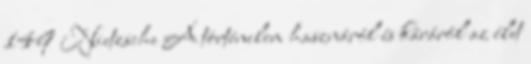
149 Nietzsche A történelem hasznáról és káráról az élet